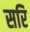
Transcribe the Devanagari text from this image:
सरि